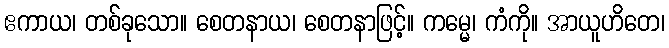
ဧကာယ၊ တစ်ခုသော။ စေတနာယ၊ စေတနာဖြင့်။ ကမ္မေ၊ ကံကို။ အာယူဟိတေ၊